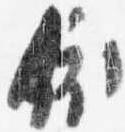
依